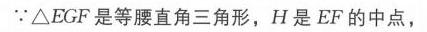
\(\because\triangle EGF\)是等腰直角三角形，\(H\)是\(EF\)的中点，